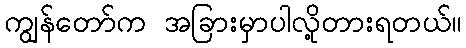
ကျွန်တော်က အခြားမှာပါလို့တားရတယ်။